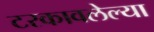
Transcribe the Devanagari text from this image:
टरकावलेल्या